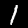
Digit: 1